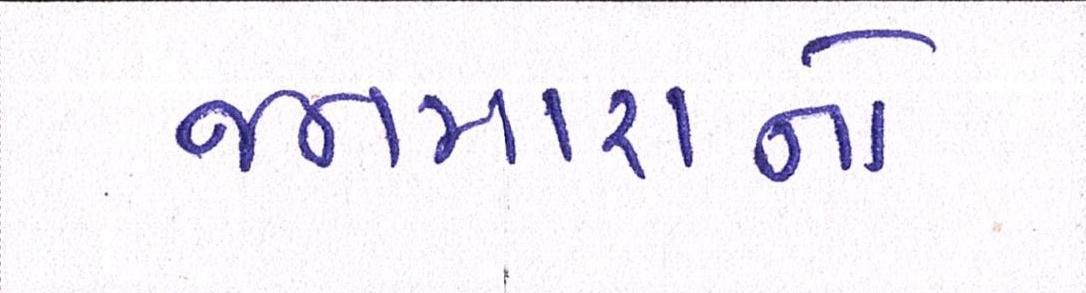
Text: જનમારાનો